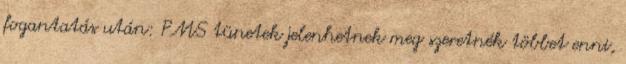
fogantatás után: PMS tünetek jelenhetnek meg szeretnék többet enni,